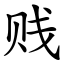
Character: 贱